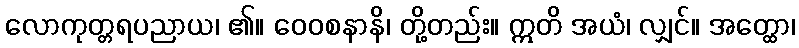
လောကုတ္တရပညာယ၊ ၏။ ဝေဝစနာနိ၊ တို့တည်း။ ဣတိ အယံ၊ လျှင်။ အတ္ထော၊